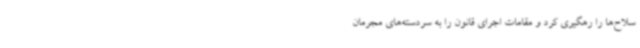
سلاح‌ها را رهگیری کرد و مقامات اجرای قانون را به سردسته‌های مجرمان